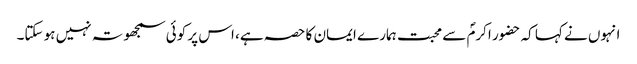
انہوں نے کہا کہ حضور اکرمؐ سے محبت ہمارے ایمان کا حصہ ہے، اس پر کوئی سمجھوتہ نہیں ہو سکتا۔